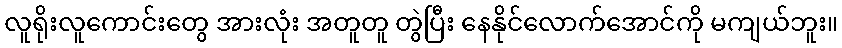
လူရိုးလူကောင်းတွေ အားလုံး အတူတူ တွဲပြီး နေနိုင်လောက်အောင်ကို မကျယ်ဘူး။